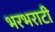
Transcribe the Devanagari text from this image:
भरभराटी